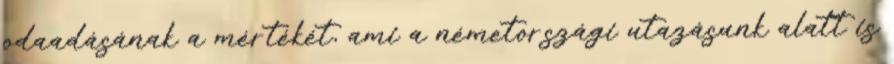
odaadásának a mértékét, ami a németországi utazásunk alatt is